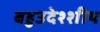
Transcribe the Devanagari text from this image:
बहुउदेश्शीय